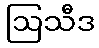
ဩသီဒ